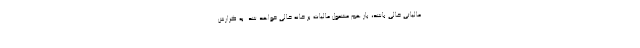
مالیاتی خالی باشد، باز هم مشمول مالیات بر خانه خالی خواهد شد. به گزارش